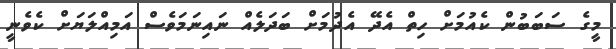
މީގެ ސަބަބުން ކެއުމަށް ހިތް އެދޭ އެދުމަށް ބަދަލެއް ނައިނަމަވެސް އަމިއްލަޔަށް ކެވެނީ